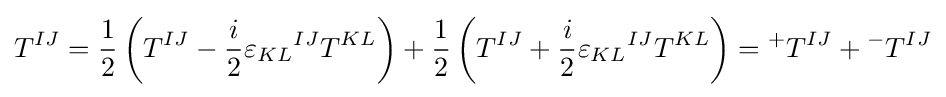
T^{IJ}={\frac {1}{2}}\left(T^{IJ}-{\frac {i}{2}}{\varepsilon _{KL}}^{IJ}T^{KL}\right)+{\frac {1}{2}}\left(T^{IJ}+{\frac {i}{2}}{\varepsilon _{KL}}^{IJ}T^{KL}\right)={}^{+}T^{IJ}+{}^{-}T^{IJ}